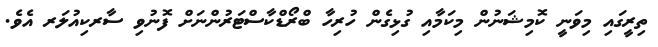
ތިރީގައި މިވަނީ ކޮމިޝަނުން މިކަމާއި ގުޅިގެން ހުރިހާ ބްރޯޑްކާސްޓަރުންނަށް ފޮނުވި ސާރކިއުލަރ އެވެ.